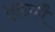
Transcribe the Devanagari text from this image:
सुइज़्हौ